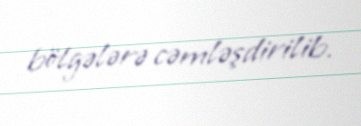
bölgələrə cəmləşdirilib.